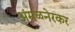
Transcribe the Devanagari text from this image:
अंमळनेरकर